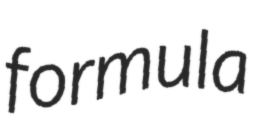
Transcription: formula